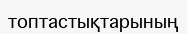
топтастықтарының